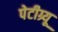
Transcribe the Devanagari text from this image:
पेटीग्र्यू